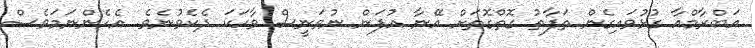
އަބްރާމްއާ ގުޅުވައިގެން ތަފާތު ގޮތްގޮތަށް އޭނާ އުފަން ނުވަނީސް ވާހަކަ ދެކެވުނެވެ. އެހެންނަމަވެސް